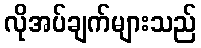
လိုအပ်ချက်များသည်